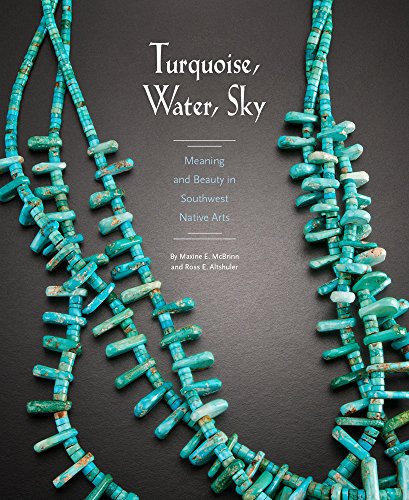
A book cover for Turquoise, Water, Sky: Meaning and Beauty in Southwest Native Arts; Maxine E. McBrinn; Science & Math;